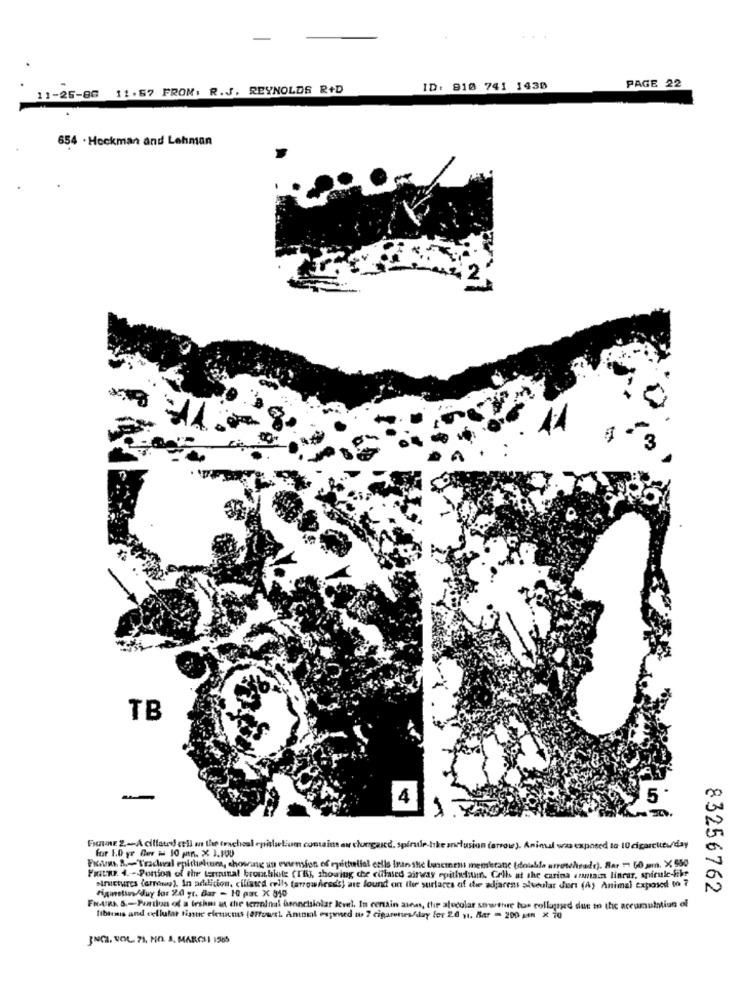
.. .
11-25-86 11.57 FROM: R.J. REYNOLDS R+D
ID: 810 741 1430
PAGE 22
654 . Heckman and Lehman
TB
4
5
FIGURE 2-A cillated cell on the tracheal opislatium contains ou chungared, spirule-bike ansfusion (arrow). Animal was exposed to 10 cigarettes/day
for 1.0 yr Der w 10 min. x 3.100
FRAM. B .~ Tradwal epithelinea, choosing un extension of epithelial cells intinshe lenemens membranc (doishla arrethisads). Sar - 50 mm. X 550
Fiatw. 4. - Portion of the terminal bromblote (16], showing che culated airway epithelstun. Cell at the carina arnain linrar, spirule-like
structures (ernonny). In addition, ciliated ells tarrowheads) are found on the surfaces of the adjaress alveolar durs (A) Animal exposed to 7
83256762
Figustin/duy for 20 gr. Bar - 10 pat. X 810
FR-AIRA. S .- Pration of a teshm at the terminal funnetsiolat level, In certain aines, the alecolar sowehre hos collapsed due to the accumulation of
fibres and cellular tinte efetuacms (arrowst. Amnel oupamed to ? cigarenes/day fer 2.0 v. Mar - 200 gin x 70
INCA, VOL. 71, MO. A. MARCH 1565